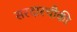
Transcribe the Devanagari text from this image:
सरदारचौकी